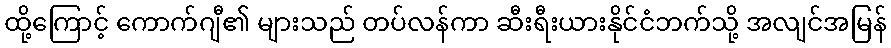
ထို့ကြောင့် ကောက်ဂျီ၏ များသည် တပ်လန်ကာ ဆီးရီးယားနိုင်ငံဘက်သို့ အလျင်အမြန်